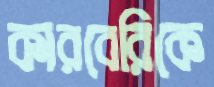
কারবেরিকে